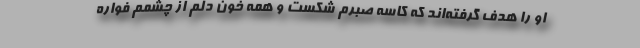
او را هدف گرفته‌اند که کاسه صبرم شکست و همه خون دلم از چشمم فواره